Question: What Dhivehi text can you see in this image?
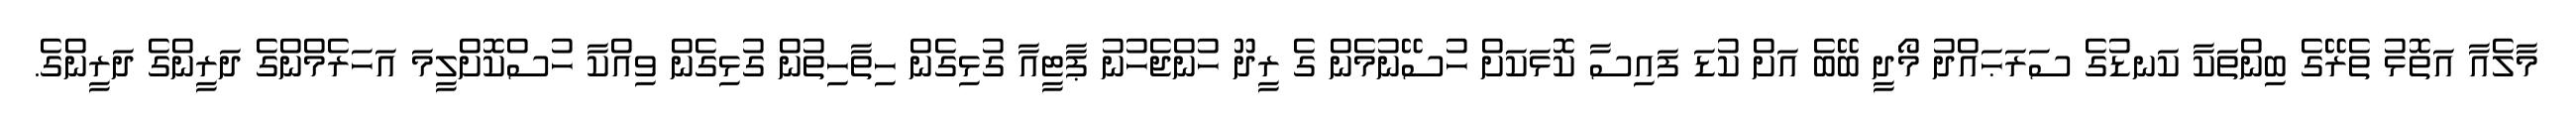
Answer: މާލެއާ އަތޮޅު ތެރޭގެ ބިންތަކާ ކަނޑުގެ ސަރަޙައްދު މޯދީ ބޭބެ އަށް ކުޑަ ފައިސާ ކޮޅަކަށް ހުސޭނުމެން ގެ ރީދޫ ހުންޖެހުނު ޕާޓީއާ ގުޅިގެން ހިތާހިތުން ގުޅިގެން ވިއްކާ ހުސްކޮށްލީމަ އަހަރެމްންގެ ދަރީންގެ ދަރީންގެ.